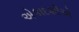
એકાદશીએ